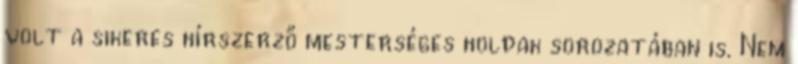
volt a sikeres hírszerző mesterséges holdak sorozatában is. Nem